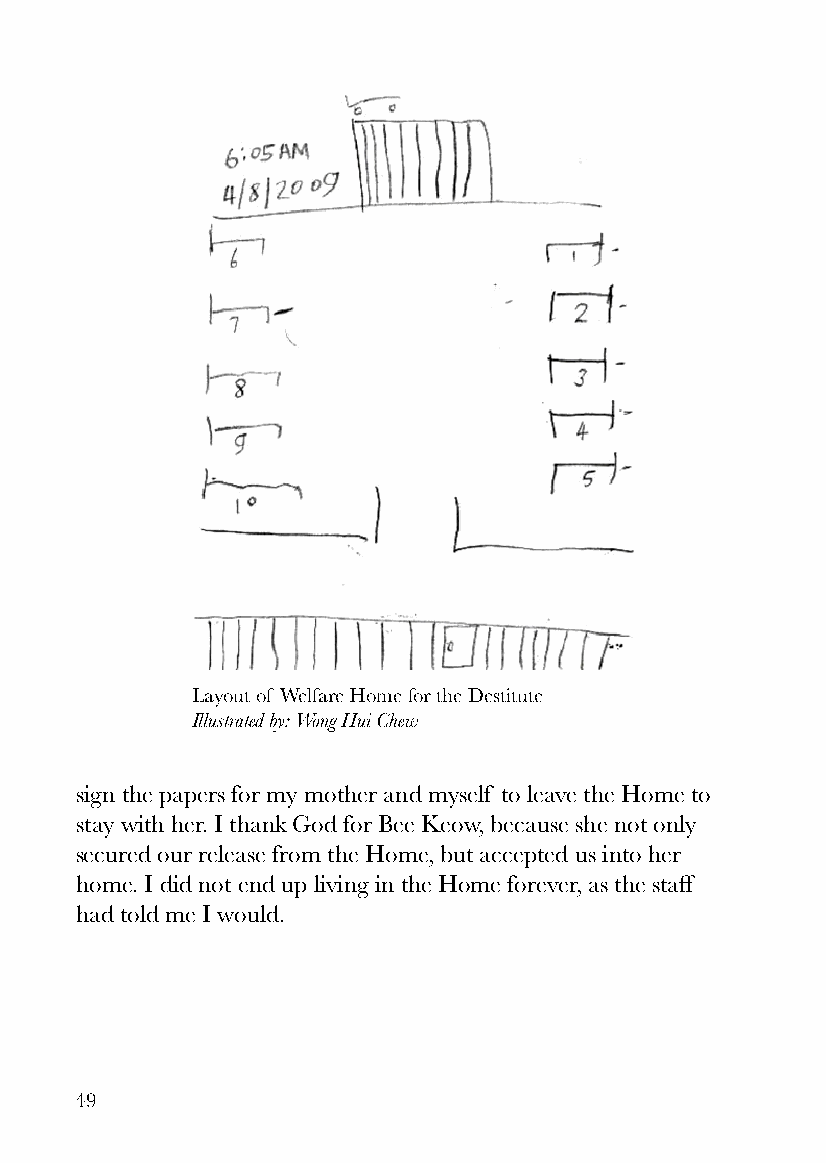
Layout of Welfare Home for the Destitute
 Illustrated by: Wong Hui Chew
 sign the papers for my mother and myself to leave the Home to
 stay with her. I thank God for Bee Keow, because she not only
 secured our release from the Home, but accepted us into her
 home. I did not end up living in the Home forever, as the staff
 had told me I would.
 49